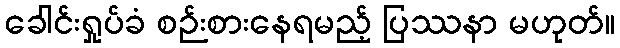
ခေါင်းရှုပ်ခံ စဉ်းစားနေရမည့် ပြဿနာ မဟုတ်။